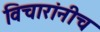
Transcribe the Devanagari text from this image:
विचारांनीच